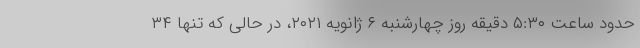
حدود ساعت ۵:۳۰ دقیقه روز چهارشنبه ۶ ژانویه ۲۰۲۱، در حالی که تنها ۳۴